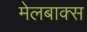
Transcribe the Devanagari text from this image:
मेलबाक्स